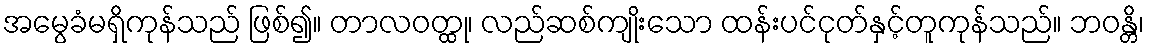
အမွေခံမရှိကုန်သည် ဖြစ်၍။ တာလဝတ္ထု၊ လည်ဆစ်ကျိုးသော ထန်းပင်ငုတ်နှင့်တူကုန်သည်။ ဘဝန္တိ၊